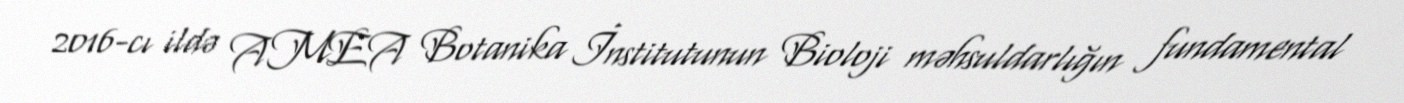
2016-cı ildə AMEA Botanika İnstitutunun Bioloji məhsuldarlığın fundamental